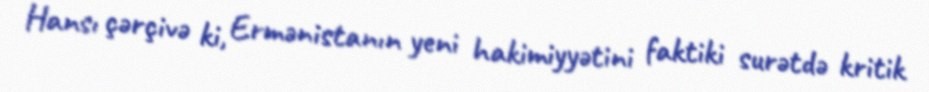
Hansı çərçivə ki, Ermənistanın yeni hakimiyyətini faktiki surətdə kritik